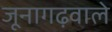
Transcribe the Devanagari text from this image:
जूनागढ़वाले